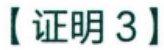
【证明 3】